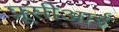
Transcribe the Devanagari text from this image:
प्रूसीआई